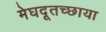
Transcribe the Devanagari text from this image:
मेघदूतच्छाया